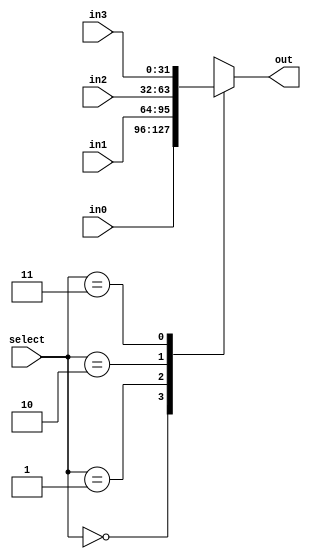
`timescale 1ns / 1ps

module MUX4X32(
    input [1:0] select,
    input [31:0] in0, in1, in2, in3,
    output reg [31:0] out
    );
    
    always @(*) begin
        case(select)
            2'b00: out = in0;
            2'b01: out = in1;
            2'b10: out = in2;
            2'b11: out = in3;
            default: out = 32'b0;
        endcase
    end
    
endmodule